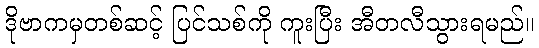
ဒိုဗာကမှတစ်ဆင့် ပြင်သစ်ကို ကူးပြီး အီတလီသွားရမည်။